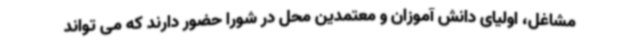
مشاغل، اولیای دانش آموزان و معتمدین محل در شورا حضور دارند که می تواند